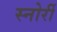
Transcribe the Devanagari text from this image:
स्नोर्री